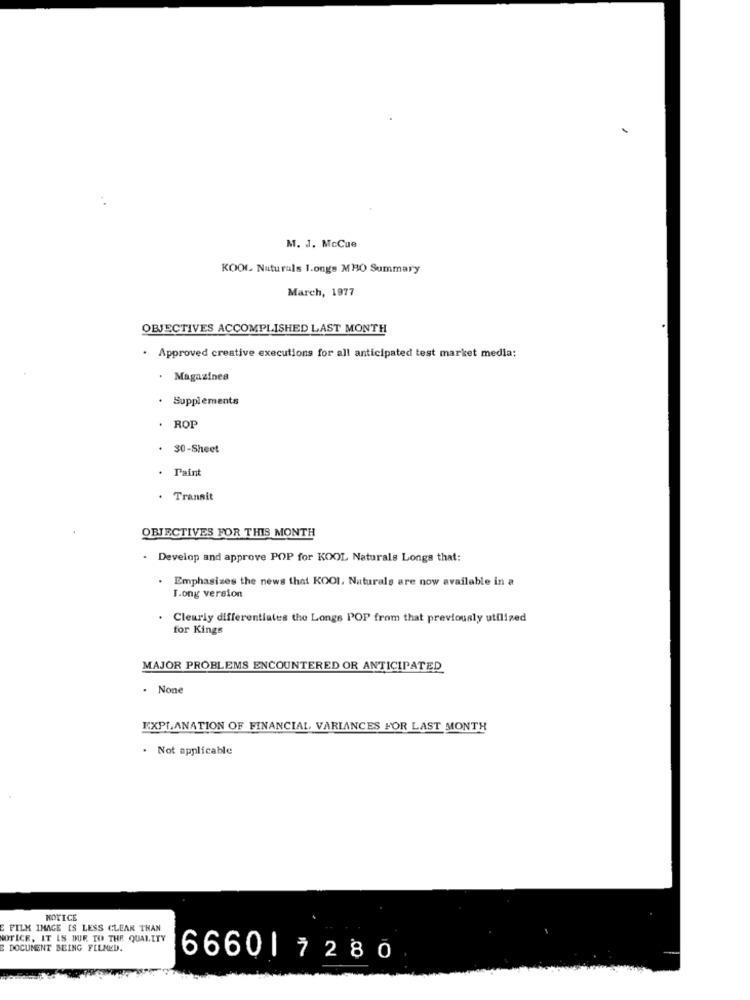
M. J. McCue
KOOL Naturals 1.ongs MHO Summary
March, 1977
OBJECTIVES ACCOMPLISHED LAST MONTH
· Approved creative executions for all anticipated test market media:
Magazines
· Supplements
· ROP
30-Sheet
Paint
. Transit
OBJECTIVES FOR THIS MONTH
Develop and approve POP for KOOL Naturals Longs that:
. Emphasizes the news that KOOI, Naturals are now available in a
T.ong version
Clearly differentiates the Longs POP from that previously utilized
for Kings
MAJOR PROBLEMS ENCOUNTERED OR ANTICIPATED
EXPLANATION OF FINANCIAL, VARIANCES FOR LAST MONTH
. Not applicable
NOTICE
E PILK IMAGE IS LESS CLEAR THAN
NOTICE, IT IS DUE TO THE QUALITY
DOCUMENT BEING FELMED.
66601 7280